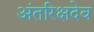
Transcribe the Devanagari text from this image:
अंतरिक्षदेव